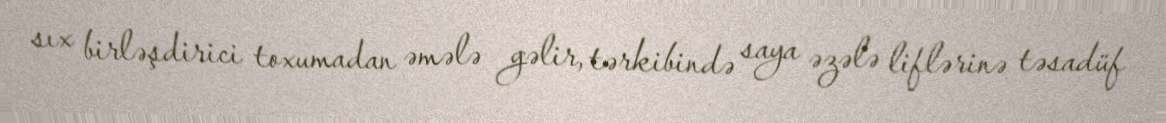
sıx birləşdirici toxumadan əmələ gəlir, tərkibində saya əzələ liflərinə təsadüf